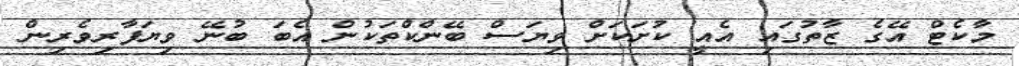
މާކެޓް އޭގެ ޒާތުގައި އެއީ ކުށަކަށް ވިޔަސް ބޭންކްތަކުން އެބަ ބުނޭ ވިޔަފާރިވެރިން